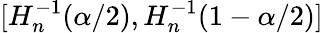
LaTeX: [H_{n}^{-1}(\alpha/2),H_{n}^{-1}(1-\alpha/2)]